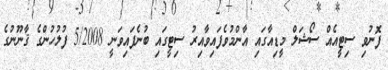
ފޮނުވި ސިޓީއެއް ސޯޝަލް މީޑިއާގައި އާންމުވެފައިވާއިރު ސިޓީގައި ބުނެފައިވަނީ 5/2008 ފުލުހުންގެ ޤާނޫނުގެ